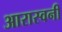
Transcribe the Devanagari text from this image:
आरास्वनी